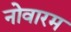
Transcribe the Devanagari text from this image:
नोवारम